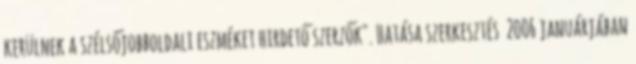
kerülnek a szélsőjobboldali eszméket hirdető szerzők". Hatása szerkesztés 2006 januárjában